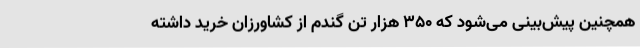
همچنین پیش‌بینی می‌شود که 350 هزار تن گندم از کشاورزان خرید داشته